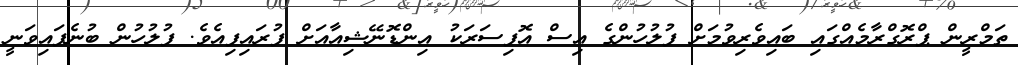
ތަމްރީން ޕްރޮގްރާމެއްގައި ބައިވެރިވުމަށް ފުލުހުންގެ އިސް އޮފިސަރަކު އިންޑޮނޭޝިއާއަށް ފުރައިފިއެވެ. ފުލުހުން ބުނެފައިވަނީ